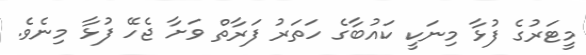
މީޓަރުގެ ފުޅާ މިނަކީ ކައުބާގެ ހަތަރު ފަރާތް ވަށާ ޖެހޭ ފުޅާ މިނެވެ.